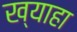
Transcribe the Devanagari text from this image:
ख्याहा